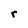
Character: r